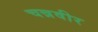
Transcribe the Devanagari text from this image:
चन्नवीर